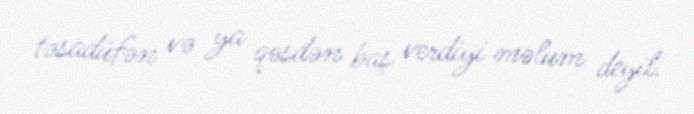
təsadüfən və ya qəsdən baş verdiyi məlum deyil.